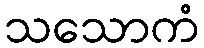
သသောကံ